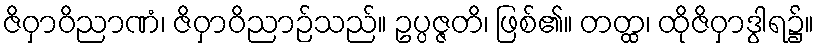
ဇိဝှာဝိညာဏံ၊ ဇိဝှာဝိညာဉ်သည်။ ဥပ္ပဇ္ဇတိ၊ ဖြစ်၏။ တတ္ထ၊ ထိုဇိဝှာဒွါရ၌။